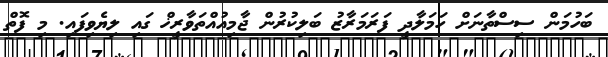
ބަހުމަން ސިސްތާނަށް ހަމަލާދީ ފަރަމަރާޒު ބަލިކުރުން ޖާމިއުއްތަވާރީޚް ގައި ލިޔެވިފައި. މި ފޮތް